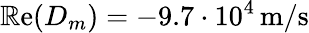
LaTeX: \operatorname{\mathbb{R}e}(D_{m})=-9.7\cdot10^{4}\, \mathrm{{m/s}}